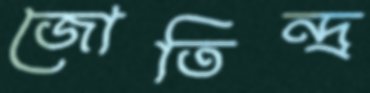
জোতিন্দ্র